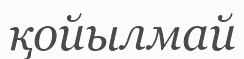
қойылмай